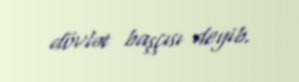
dövlət başçısı deyib.